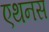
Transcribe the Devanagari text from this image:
एथनस